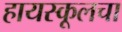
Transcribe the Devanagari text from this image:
हायस्‍कूलचा